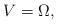
LaTeX: \begin{align*}V=\Omega,\end{align*}